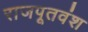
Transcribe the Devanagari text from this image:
राजपूतवंश